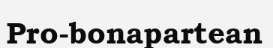
Pro-bonapartean